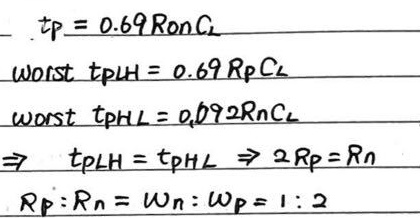
\[
\begin{align*}
t_p& = 0.69R_{on}C_L\\
\text{worst }t_{pLH}& = 0.69R_pC_L\\
\text{worst }t_{pHL}& = 0.69R_nC_L\\
\Rightarrow t_{pLH}&=t_{pHL}\Rightarrow 2R_p = R_n\\
R_p:R_n& = W_n:W_p=1:2
\end{align*}
\]